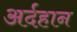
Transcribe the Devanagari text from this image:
अर्दहान